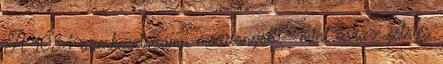
A 1084 szerkezetszámú mozdonyok – mint arra e jelölés